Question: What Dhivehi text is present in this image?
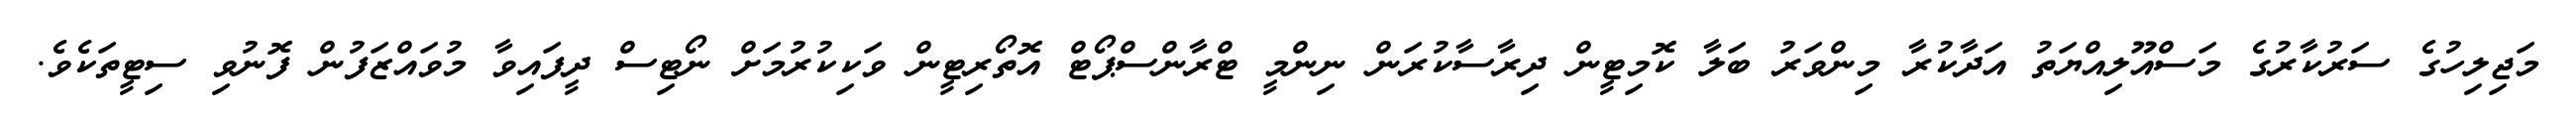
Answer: މަޖިލިހުގެ ސަރުކާރުގެ މަސްއޫލިއްޔަތު އަދާކުރާ މިންވަރު ބަލާ ކޮމިޓީން ދިރާސާކުރަން ނިންމީ ޓްރާންސްޕޯޓް އޮތޯރިޓީން ވަކިކުރުމަށް ނޯޓިސް ދީފައިވާ މުވައްޒަފުން ފޮނުވި ސިޓީތަކެވެ.